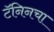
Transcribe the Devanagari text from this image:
टॅनिनचा